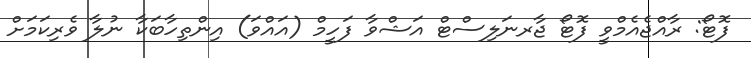
ފޮޓޯ: ރާއްޖެއެމްވީ ފޮޓޯ ޖާރނަލިސްޓް އަޝްވާ ފަހީމް (އައްވަ) އިންތިހާބަކާ ނުލާ ވެރިކަމަށް